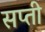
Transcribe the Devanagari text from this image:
सप्ती